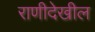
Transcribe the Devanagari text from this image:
राणीदेखील